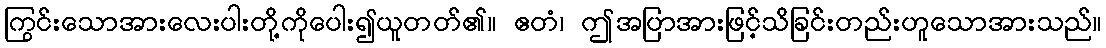
ကြွင်းသောအားလေးပါးတို့ကိုပေါး၍ယူတတ်၏။ ဧတံ၊ ဤအပြာအားဖြင့်သိခြင်းတည်းဟူသောအားသည်။